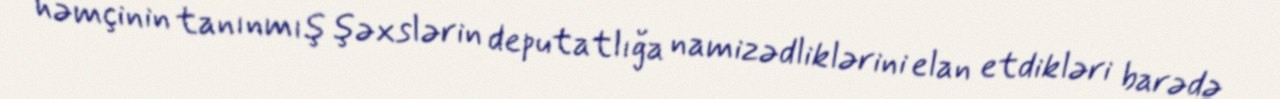
həmçinin tanınmış şəxslərin deputatlığa namizədliklərini elan etdikləri barədə